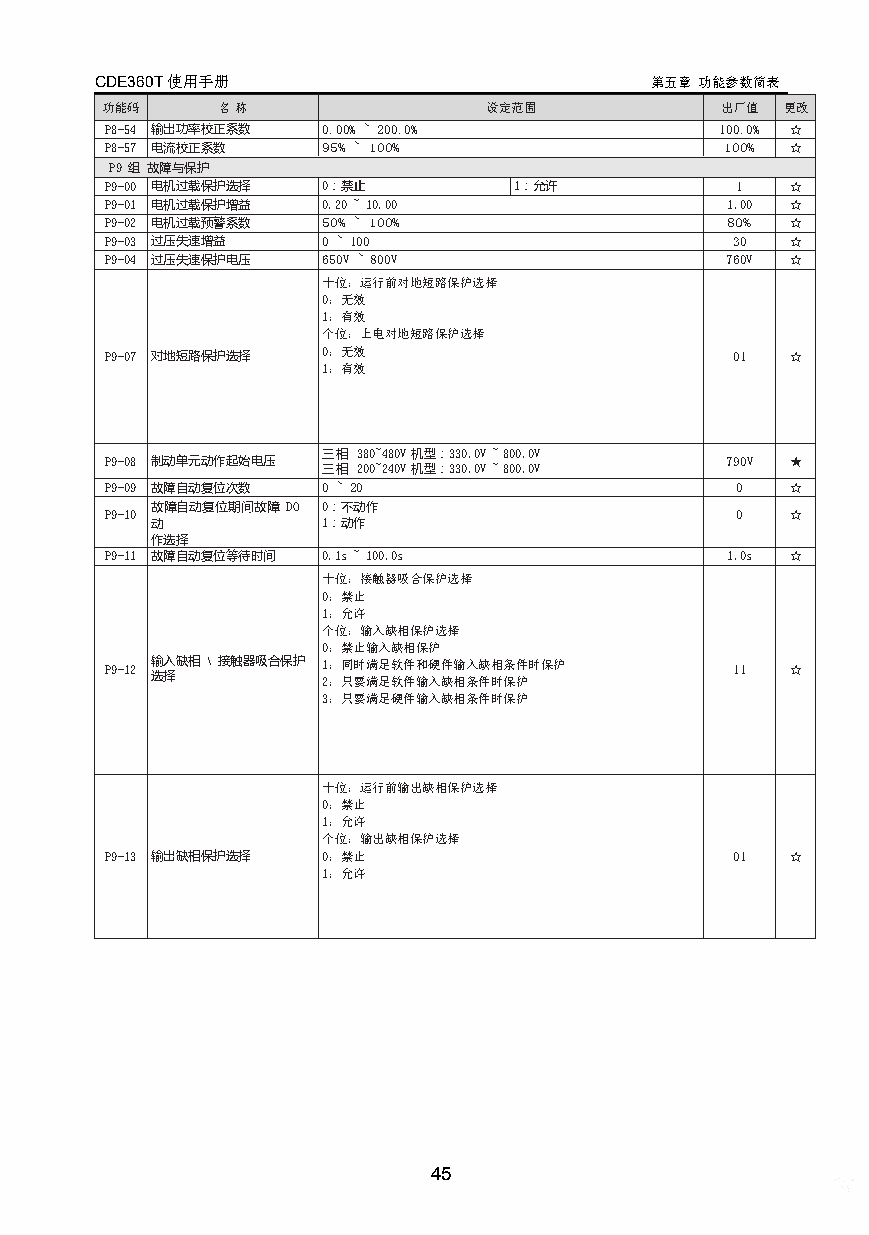
CDE360T使用手册                          第五章 功能参数简表
 功能码     名称               设定范围            出厂值 更改
 P8-54 输出功率校正系数 0.00% ~ 200.0%            100.0% ☆
 P8-57 电流校正系数  95% ~ 100%                 100% ☆
 P9组故障与保护
 P9-00 电机过载保护选择 0：禁止        1：允许           1  ☆
 P9-01 电机过载保护增益 0.20~10.00                1.00 ☆
 P9-02 电机过载预警系数 50% ~ 100%                80% ☆
 P9-03 过压失速增益  0 ~ 100                    30  ☆
 P9-04 过压失速保护电压 650V ~ 800V               760V ☆
 十位：运行前对地短路保护选择
 0：无效
 1：有效
 个位：上电对地短路保护选择
 P9-07 对地短路保护选择 0：无效                      01  ☆
 1：有效
 三相 380~480V机型：330.0V~800.0V
 P9-08 制动单元动作起始电压                         790V ★
 三相 200~240V机型：330.0V~800.0V
 P9-09 故障自动复位次数 0 ~ 20                     0  ☆
 故障自动复位期间故障 DO 0：不动作
 P9-10                                     0  ☆
 动          1：动作
 作选择
 P9-11 故障自动复位等待时间 0.1s~100.0s             1.0s ☆
 十位：接触器吸合保护选择
 0：禁止
 1：允许
 个位：输入缺相保护选择
 0：禁止输入缺相保护
 P9-12 输入缺相\接触器吸合保护 1：同时满足软件和硬件输入缺相条件时保护  11  ☆
 选择         2：只要满足软件输入缺相条件时保护
 3：只要满足硬件输入缺相条件时保护
 十位：运行前输出缺相保护选择
 0：禁止
 1：允许
 个位：输出缺相保护选择
 P9-13 输出缺相保护选择 0：禁止                      01  ☆
 1：允许
 45